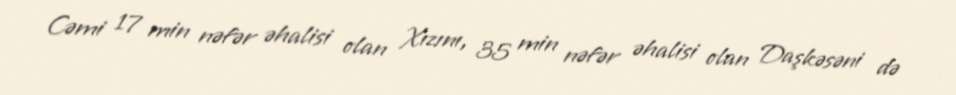
Cəmi 17 min nəfər əhalisi olan Xızını, 35 min nəfər əhalisi olan Daşkəsəni də